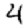
Digit: 4